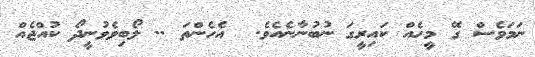
ނަމަވެސްް ގޭ މީހެއް ކައިރީގަ ނުބުނާނެއެވެ.  އެހެންތަ .. ލޯބިވެވުނީދޯ ކުއްޖެއް